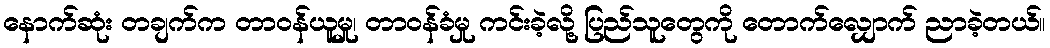
နောက်ဆုံး တချက်က တာဝန်ယူမှု၊ တာဝန်ခံမှု ကင်းခဲ့လို့ ပြည်သူတွေကို တောက်လျှောက် ညာခဲ့တယ်။